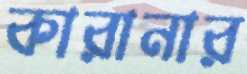
কারানার